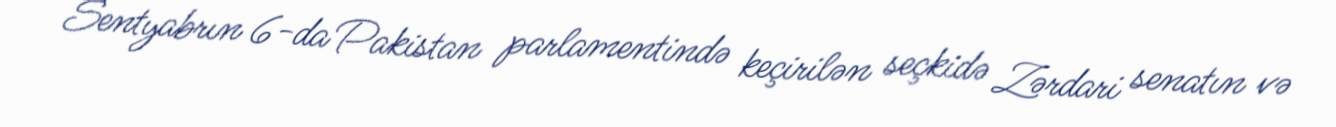
Sentyabrın 6-da Pakistan parlamentində keçirilən seçkidə Zərdari senatın və